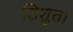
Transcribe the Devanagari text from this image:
शिशुता